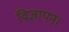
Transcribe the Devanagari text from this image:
विज्ञापन।